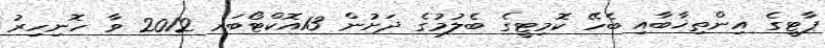
ޕާޓީގެ އިންތިޚާބާއި ބެހޭ ކޮމިޓީގެ ބެލުމުގެ ދަށުން 13އޮކްޓޯބަރ 2012 ވާ ހޮނިހިރު